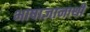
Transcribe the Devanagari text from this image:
भाषाज्ञानार्थी